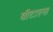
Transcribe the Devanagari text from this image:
बीटाल्स